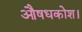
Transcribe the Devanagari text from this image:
औषधकोश।